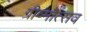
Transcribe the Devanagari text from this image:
ग्रीष्मोत्सव